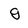
Character: g